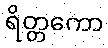
ရိတ္တကော